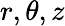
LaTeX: r,\theta,z